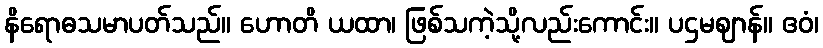
နိရောဓသမာပတ်သည်။ ဟောတိ ယထာ၊ ဖြစ်သကဲ့သို့လည်းကောင်း။ ပဌမဈာန်။ ဧဝံ၊